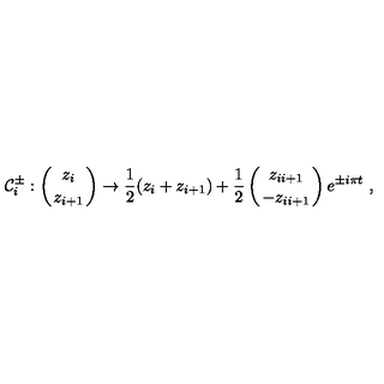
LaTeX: { \cal C } _ { i } ^ { \pm } : \left( { z _ { i } \atop z _ { i + 1 } } \right) \to { \frac { 1 } { 2 } } ( z _ { i } + z _ { i + 1 } ) + { \frac { 1 } { 2 } } \left( { z _ { i i + 1 } \atop - z _ { i i + 1 } } \right) e ^ { \pm i \pi t } \ ,